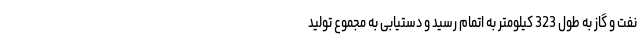
نفت و گاز به طول 323 کیلومتر به اتمام رسید و دستیابی به مجموع تولید